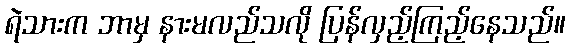
ရဲသားက ဘာမှ နားမလည်သလို ပြန်လှည့်ကြည့်နေသည်။